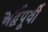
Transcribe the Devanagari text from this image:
अर्द्वपूर्वी